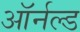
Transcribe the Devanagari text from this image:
ऑर्नल्ड